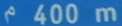
^{\circ}400\mathrm